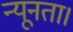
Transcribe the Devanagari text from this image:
न्यूनता।